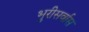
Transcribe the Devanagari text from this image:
भुरीसर्वास